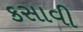
કસાવી